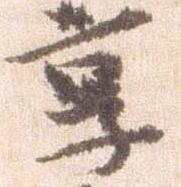
享